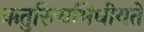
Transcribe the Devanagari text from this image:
ऋतुरित्यभिधीयते